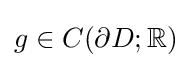
{\textstyle g\in C(\partial D;\mathbb {R} )}